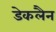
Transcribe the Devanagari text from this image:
डेकलैन